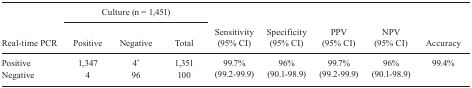
<table><thead><tr><td><b> </b></td><td colspan="3"><b>Culture (n = 1,451)</b></td><td colspan="5"><b> </b></td></tr><tr><td><b> </b></td><td colspan="3"></td><td colspan="5"><b> </b></td></tr><tr><td><b>Real-time PCR</b></td><td><b>Positive</b></td><td><b>Negative</b></td><td><b>Total</b></td><td><b>Sensitivity (95% CI)</b></td><td><b>Specificity (95% CI)</b></td><td><b>PPV (95% CI)</b></td><td><b>NPV (95% CI)</b></td><td><b>Accuracy</b></td></tr></thead><tbody><tr><td>Positive</td><td>1,347</td><td>4<sup>*</sup></td><td>1,351</td><td rowspan="2">99.7% (99.2-99.9)</td><td rowspan="2">96% (90.1-98.9)</td><td rowspan="2">99.7% (99.2-99.9)</td><td rowspan="2">96% (90.1-98.9)</td><td rowspan="2">99.4%</td></tr><tr><td>Negative</td><td>4</td><td>96</td><td>100</td></tr></tbody></table>